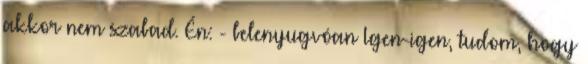
akkor nem szabad. Én: - belenyugvóan Igen-igen, tudom, hogy